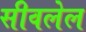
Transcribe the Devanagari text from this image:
सीवलेल